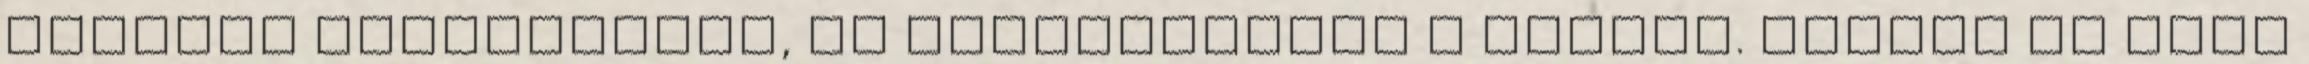
félelem érzékelését, az befolyásolta a szívét. Amikor az agya